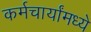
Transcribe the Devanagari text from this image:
कर्मचार्यांमध्ये